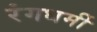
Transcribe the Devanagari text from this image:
रंगधर्मी